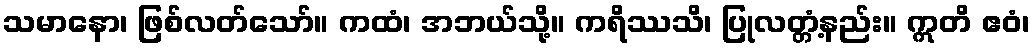
သမာနော၊ ဖြစ်လတ်သော်။ ကထံ၊ အဘယ်သို့။ ကရိဿသိ၊ ပြုလတ္တံ့နည်း။ ဣတိ ဧဝံ၊